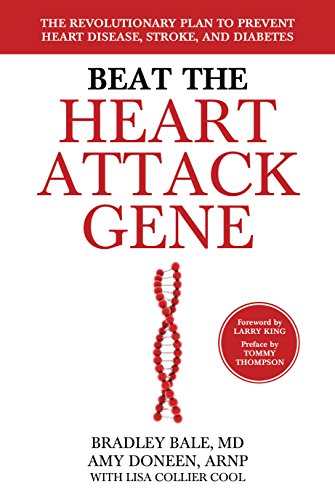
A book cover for Beat the Heart Attack Gene: The Revolutionary Plan to Prevent Heart Disease, Stroke, and Diabetes; Bradley Bale; Health, Fitness & Dieting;